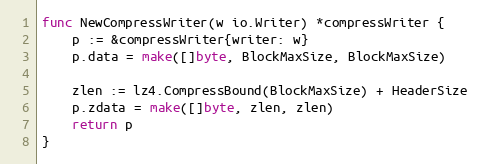
Language: Go
func NewCompressWriter(w io.Writer) *compressWriter {
	p := &compressWriter{writer: w}
	p.data = make([]byte, BlockMaxSize, BlockMaxSize)

	zlen := lz4.CompressBound(BlockMaxSize) + HeaderSize
	p.zdata = make([]byte, zlen, zlen)
	return p
}